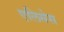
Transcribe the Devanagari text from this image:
एलिसेस